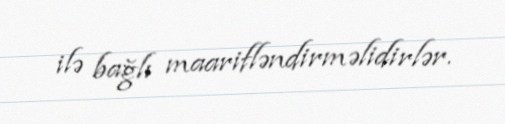
ilə bağlı maarifləndirməlidirlər.